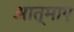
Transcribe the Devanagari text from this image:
आत्माए